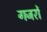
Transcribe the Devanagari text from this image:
गजरों